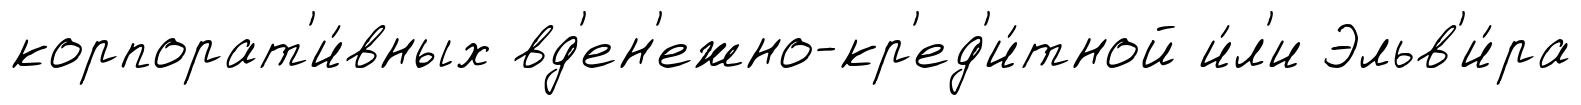
корпорат'и́вных вд'ен'ежно-кр'ед'и́тной и́л'и Эльв'и́ра